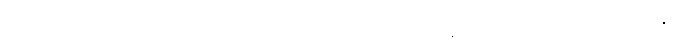
မားဘာ့ဂ် ဗိုင်းရပ်စ်ပိုး ကူးစက်ခံထားရသူ အမျိုးသားတွေအနေနဲ့ ရောဂါလက္ခဏာ စဖြစ်ခဲ့အပြီး